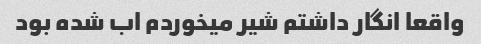
واقعا انگار داشتم شیر میخوردم اب شده بود